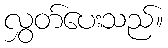
လွှတ်ပေးသည်။